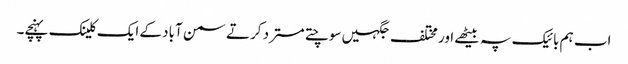
اب ہم بائیک پہ بیٹھے اور مختلف جگہیں سوچتے مسترد کرتے سمن آباد کے ایک کلینک پہنچے۔